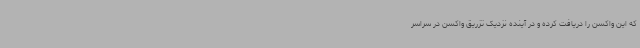
که این واکسن را دریافت کرده و در آینده نزدیک تزریق واکسن در سراسر